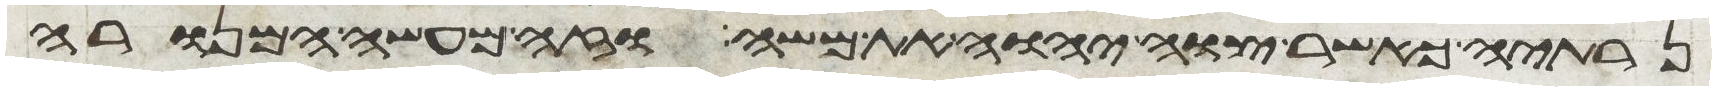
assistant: נרתיה כאשר צוה יהוה את משה וזה מעשה המנורה